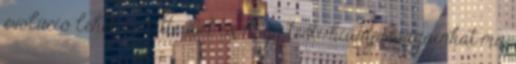
evolúció lehetővé tette azt is, hogy testi hiányosságainkat ma